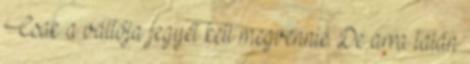
Csak a váltója jegyét kell megvennie. De arra talán